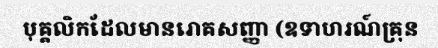
បុគ្គលិកដែលមានរោគសញ្ញា (ឧទាហរណ៍គ្រុន